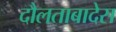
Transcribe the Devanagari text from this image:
दौलताबादेस